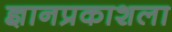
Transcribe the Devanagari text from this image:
ज्ञानप्रकाशला